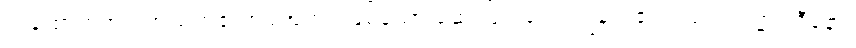
အထောက်အပံ့ အသက်၏အရံအတားဖြစ်သော ဆေးဖြင့် ရောင့်ရဲခြင်း၏လည်း။ ဝဏ္ဏဝါဒီနော၊